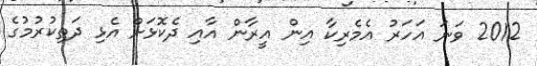
2012 ވަނަ އަހަރު އެމެރިކާ އިން އީރާން އާއި ދެކޮޅަށް އެޅި ދަތިކުރުމުގެ